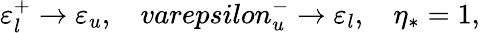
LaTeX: \varepsilon_{l}^{+}\rightarrow\varepsilon_{u},\ \ \ \, varepsilon_{u}^{-}\rightarrow\varepsilon_{l},\ \ \ \, \eta_{*}=1,